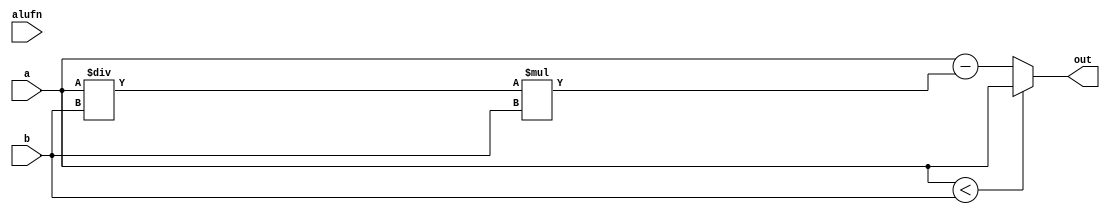
module mod_9 (
    input [7:0] a,
    input [7:0] b,
    input [2:0] alufn,
    output reg [7:0] out
  );
  
  
  
  always @* begin
    if (a < b) begin
      out = a;
    end else begin
      out = a - (a / b) * b;
    end
  end
endmodule